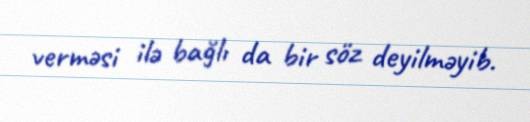
verməsi ilə bağlı da bir söz deyilməyib.